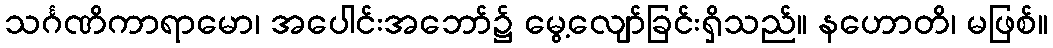
သင်္ဂဏိကာရာမော၊ အပေါင်းအဘော်၌ မွေ့လျော်ခြင်းရှိသည်။ နဟောတိ၊ မဖြစ်။